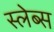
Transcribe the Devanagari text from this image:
स्लेब्स